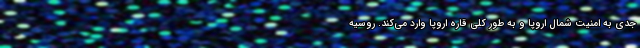
جدی به امنیت شمال اروپا و به طور کلی قاره اروپا وارد می‌کند. روسیه